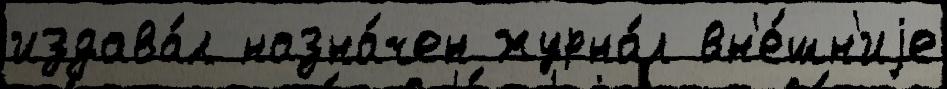
издава́л назна́чен журна́л вн'е́шн'иjе